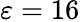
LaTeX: \varepsilon=16